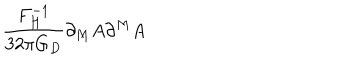
\frac { F _ { H } ^ { - 1 } } { 3 2 \pi G _ { D } } \partial _ { M } A \partial ^ { M } A